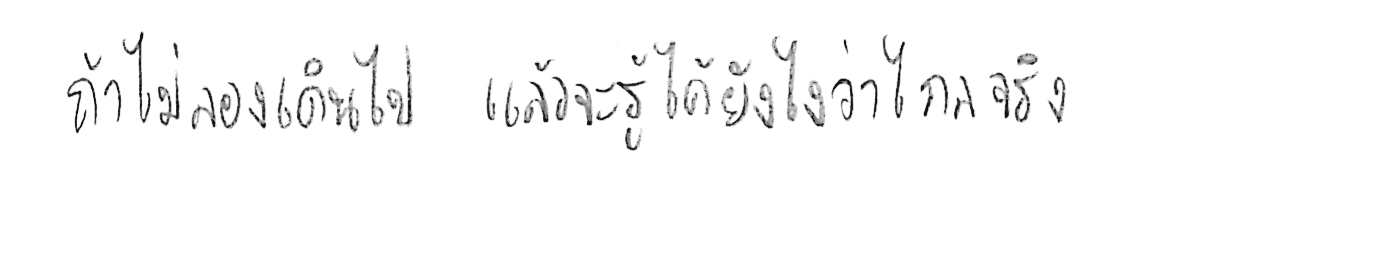
ถ้าไม่ลองเดินไป แล้วจะรู้ได้ยังไงว่าไกลจริง